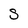
Character: S